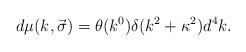
LaTeX: \begin{align*}d \mu(k,\vec{\sigma})= \theta(k^0) \delta(k^2+\kappa^2) d^4 k.\end{align*}